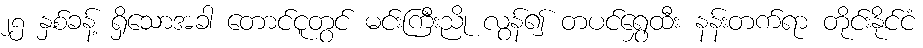
၂၅ နှစ်ခန့် ရှိသောအခါ တောင်ငူတွင် မင်းကြီးညို လွန်၍ တပင်ရွှေထီး နန်းတက်ရာ တိုင်းနိုင်ငံ